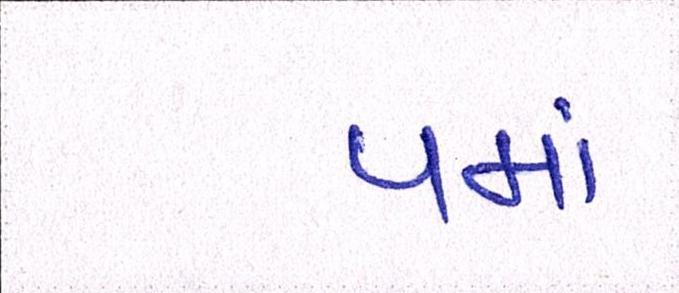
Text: પમાં